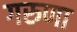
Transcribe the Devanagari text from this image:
गरुणा